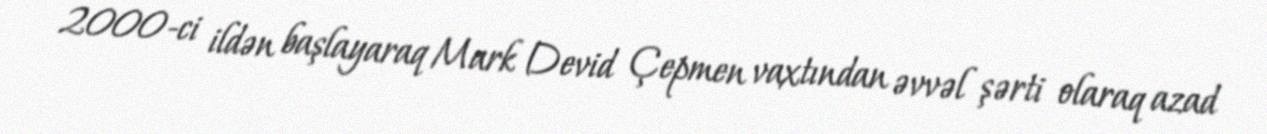
2000-ci ildən başlayaraq Mark Devid Çepmen vaxtından əvvəl şərti olaraq azad